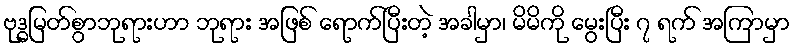
ဗုဒ္ဓမြတ်စွာဘုရားဟာ ဘုရား အဖြစ် ရောက်ပြီးတဲ့ အခါမှာ၊ မိမိကို မွေးပြီး ၇ ရက် အကြာမှာ